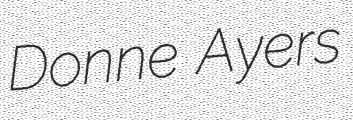
Donne Ayers